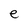
Character: e